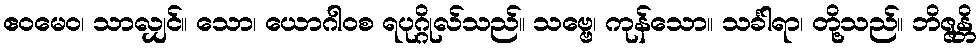
ဧဝမေဝ၊ သာလျှင်။ သော၊ ယောဂါဝစ ရပုဂ္ဂိုလ်သည်။ သဗ္ဗေ၊ ကုန်သော။ သင်္ခါရာ၊ တို့သည်။ ဘိဇ္ဇန္တိ